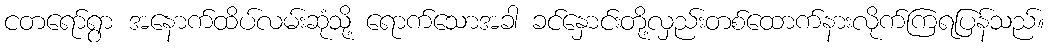
ငတရော်ရွာ အနောက်ထိပ်လမ်းဆုံသို့ ရောက်သောအခါ ခင်နှောင်းတို့လှည်းတစ်ထောက်နားလိုက်ကြရပြန်သည်။